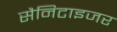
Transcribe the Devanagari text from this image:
सैनिटाइजर